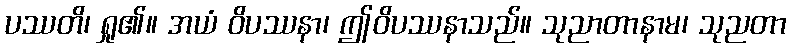
ပဿတိ၊ ရှု၏။ အယံ ဝိပဿနာ၊ ဤဝိပဿနာသည်။ သုညာတာနာမ၊ သုညတာ